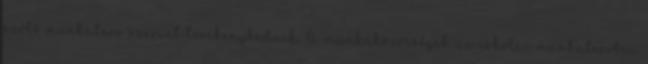
szóló munkaterv szerint tevékenykednek. A munkaközösségek az iskolai munkatervben